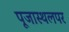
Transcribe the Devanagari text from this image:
पूजास्थलपर